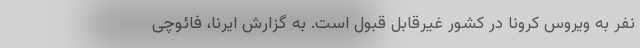
نفر به ویروس کرونا در کشور غیرقابل قبول است. به گزارش ایرنا، فائوچی